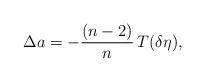
LaTeX: \begin{align*} \Delta a = - \frac{(n - 2)}{n} \, T (\delta \eta), \end{align*}